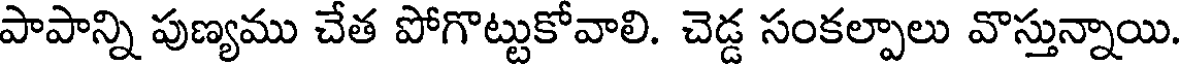
పాపాన్ని పుణ్యము చేత పోగొట్టుకోవాలి. చెడ్డ సంకల్పాలు వొస్తున్నాయి